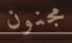
مجنون